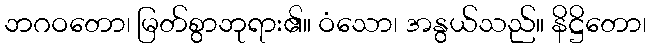
ဘဂဝတော၊ မြတ်စွာဘုရား၏။ ဝံသော၊ အနွယ်သည်။ နိဋ္ဌိတော၊